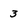
Character: 3